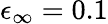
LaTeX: \epsilon_{\infty}=0.1